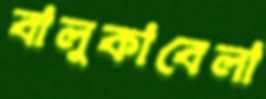
বালুকাবেলা